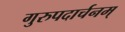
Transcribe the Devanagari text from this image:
गुरुपदार्चनम्